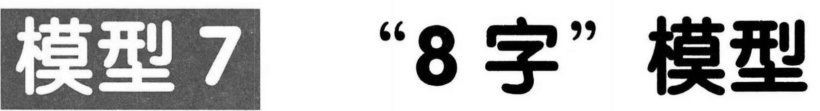
模型 7 “8 字”模型